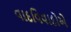
વાદવિવાદોએ